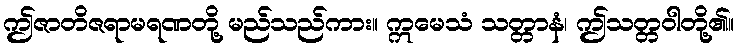
ဤဇာတိဇရာမရဏတို့ မည်သည်ကား။ ဣမေသံ သတ္တာနံ၊ ဤသတ္တဝါတို့၏။